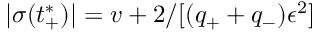
| \sigma ( t _ { + } ^ { * } ) | = v + 2 / [ ( q _ { + } + q _ { - } ) \epsilon ^ { 2 } ]